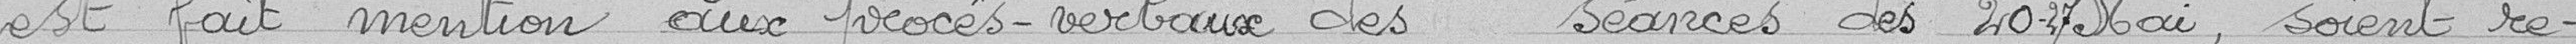
est fait mention aux procès-verbaux des séances des 20-27 mai, soient re-